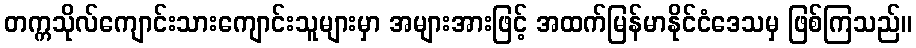
တက္ကသိုလ်ကျောင်းသားကျောင်းသူများမှာ အများအားဖြင့် အထက်မြန်မာနိုင်ငံဒေသမှ ဖြစ်ကြသည်။